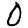
Digit: 0